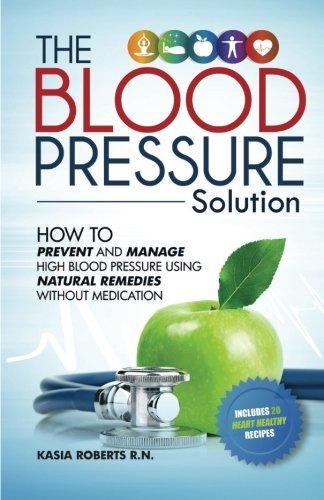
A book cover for Blood Pressure Solution: How To Prevent And Manage High Blood Pressure Using Natural Remedies Without Medication; Kasia Roberts RN; Health, Fitness & Dieting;